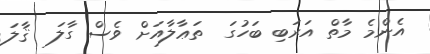
އެންމެ މާތް އަރަބި ބަހުގަ  ތަޢާލާއަށް ވެސް ގާލަ  ޤާލަ